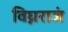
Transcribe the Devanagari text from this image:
विघ्नराजं